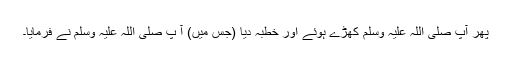
پھر آپ صلی اللہ علیہ وسلم کھڑے ہوئے اور خطبہ دیا (جس میں) آ پ صلی اللہ علیہ وسلم نے فرمایا۔